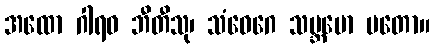
အထော ဂါရဝ ဘီတီသု၊ သံဝေဂေ သမ္ဘမော မတော။